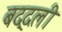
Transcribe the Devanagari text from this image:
बद्दली